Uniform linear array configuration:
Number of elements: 8
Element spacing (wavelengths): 1
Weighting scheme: kaiser
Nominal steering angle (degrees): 45
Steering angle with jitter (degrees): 43.663
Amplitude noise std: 0.05
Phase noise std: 0.05

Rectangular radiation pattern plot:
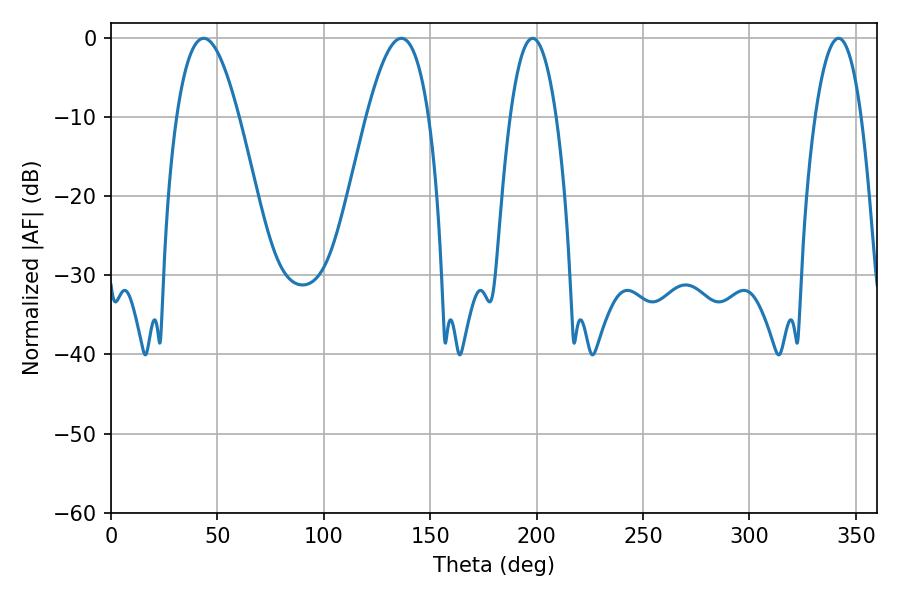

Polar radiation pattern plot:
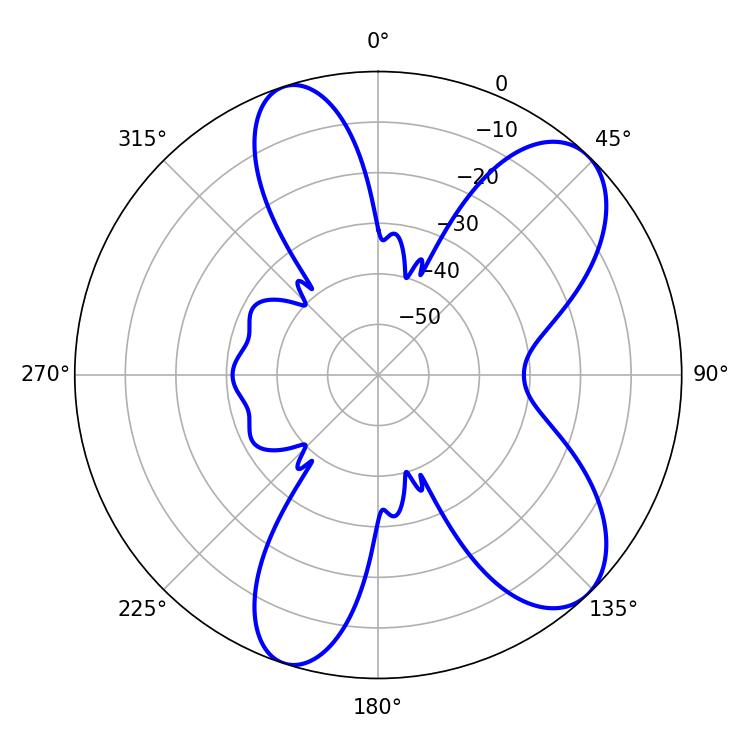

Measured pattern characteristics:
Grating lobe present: TRUE
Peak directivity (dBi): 8.518
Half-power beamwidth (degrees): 15.84
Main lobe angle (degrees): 43.56